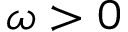
\omega > 0